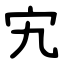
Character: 宄